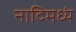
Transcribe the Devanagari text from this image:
नादिमध्यं